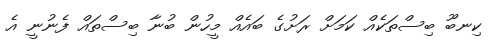
ކިނބޫ ބިސްތަކެއް ކަމަށް ރަށުގެ ބައެއް މީހުން ބުނާ ބިސްތައް ފެނުނީ އެ